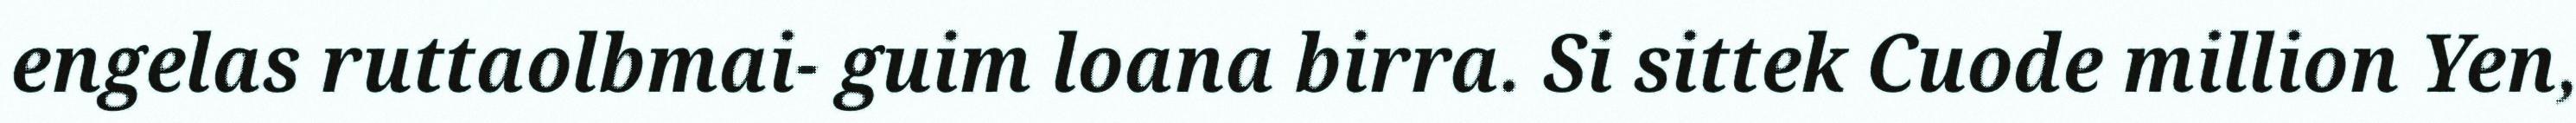
engelas ruttaolbmai- guim loana birra. Si sittek Cuode million Yen,